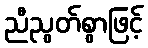
ညီညွတ်စွာဖြင့်